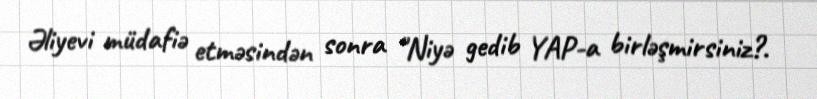
Əliyevi müdafiə etməsindən sonra "Niyə gedib YAP-a birləşmirsiniz?.